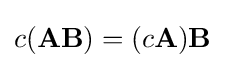
c(\mathbf {AB} )=(c\mathbf {A} )\mathbf {B}